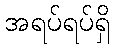
အရပ်ရပ်ရှိ